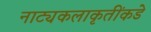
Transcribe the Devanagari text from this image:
नाट्यकलाकृतींकडे